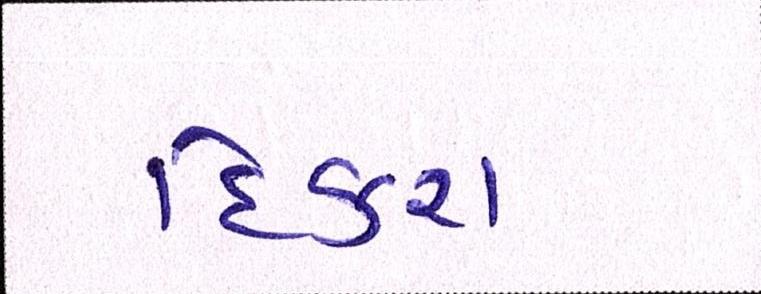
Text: દિકરા